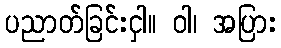
ပညာတ်ခြင်းငှါ။ ဝါ၊ အပြား